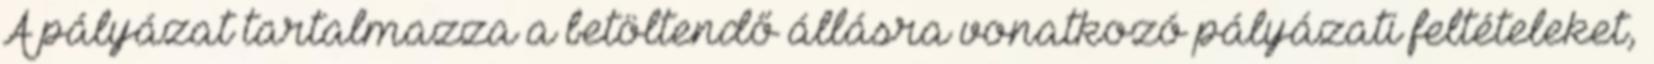
A pályázat tartalmazza a betöltendő állásra vonatkozó pályázati feltételeket,